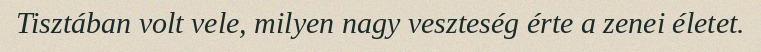
Tisztában volt vele, milyen nagy veszteség érte a zenei életet.